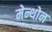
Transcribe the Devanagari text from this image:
मेन्थोन